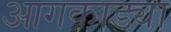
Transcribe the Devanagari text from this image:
आगकाड्या